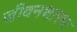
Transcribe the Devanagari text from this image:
जीवनधारण